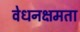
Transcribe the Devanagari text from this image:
वेधनक्षमता